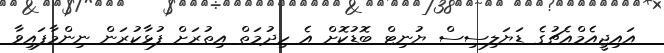
އައިޖީއެމްއެޗުގެ ޑަޔަލިސިސް ޔުނިޓް ބޮޑުކޮށް އެ ހިދުމަތް އިތުރަށް ފުޅާކުރަން ނިންމާފައިވާ